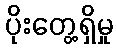
ပိုးတွေ့ရှိမှု